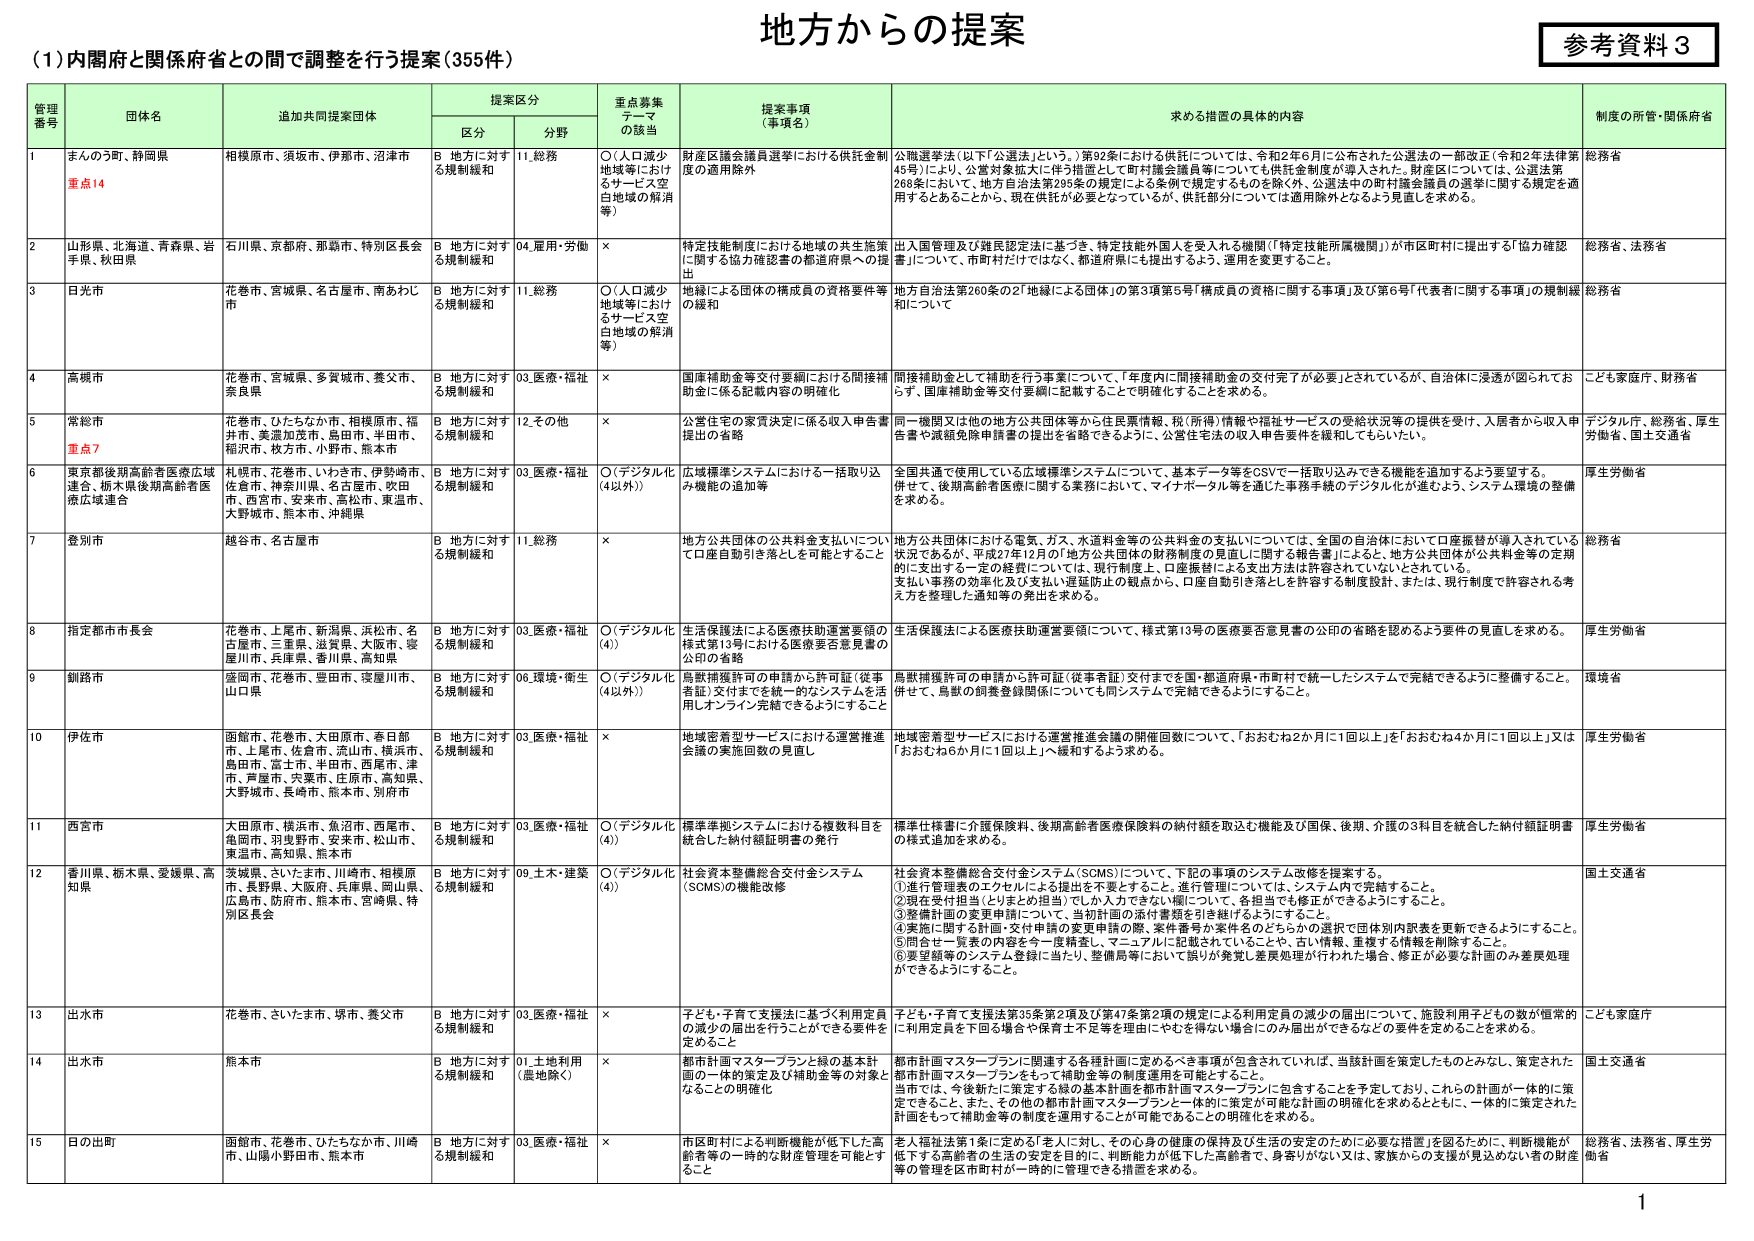
地方からの提案
参考資料３

（１）内閣府と関係府省との間で調整を行う提案（355件）

管理番号　団体名　追加共同提案団体　提案区分　重点募集テーマの該当　提案事項（事項名）　求める措置の具体的内容　制度の所管・関係府省
　　　　　　区分　分野

1　まんのう町、静岡県　相模原市、須坂市、伊那市、沼津市　B 地方に対する規制緩和　11.総務　〇（人口減少地域等におけるサービス空白地域の解消等）　財産区議会議員選挙における供託金制度の適用除外　公職選挙法（以下「公選法」という。）第92条における供託については、令和2年6月に公布された公選法の一部改正（令和2年法律第45号）により、公営対象拠大に伴う措置として町村議会議員等についても供託金制度が導入された。財産区については、公選法第268条において、地方自治法第295条の規定による条例で規定するものを除く外、公選法中の町村議会議員の選挙に関する規定を適用するとあることから、現在供託が必要となっているが、供託部分については適用除外となるよう見直しを求める。　総務省
　　重点14

2　山形県、北海道、青森県、岩手県、秋田県　石川県、京都府、那覇市、特別区長会　B 地方に対する規制緩和　04.雇用・労働　×　特定技能制度における地域の共生施策に関する協力確認書の都道府県への提出　出入国管理及び難民認定法に基づき、特定技能外国人を受入れる機関（「特定技能所属機関」）が市区町村に提出する「協力確認書」について、市町村だけではなく、都道府県にも提出するよう、適用を変更すること。　総務省、法務省

3　日光市　花巻市、宮城県、名古屋市、南あわじ市　B 地方に対する規制緩和　11.総務　〇（人口減少地域等におけるサービス空白地域の解消等）　地縁による団体の構成員の資格要件等の緩和　地方自治法第260条の2「地縁による団体」の第3項第5号「構成員の資格に関する事項」及び第6号「代表者に関する事項」の規制緩和について　総務省

4　高槻市　花巻市、宮城県、多賀城市、養父市、奈良県　B 地方に対する規制緩和　03.医療・福祉　×　国庫補助金等交付要綱における間接補助金に係る記載内容の明確化　間接補助金として補助を行う事業について、「年度内に間接補助金の交付完了が必要」とされているが、自治体に浸透が図られておらず、国庫補助金等交付要綱に記載することで明確化することを求める。　こども家庭庁、財務省

5　常総市　花巻市、ひたちなか市、相模原市、福井市、美濃加茂市、島田市、半田市、稲沢市、枚方市、小野市、熊本市　B 地方に対する規制緩和　12.その他　×　公営住宅の家賃決定に係る収入申告書提出の省略　同一機関又は他の地方公共団体等から住民票情報、税（所得）情報や福祉サービスの受給状況等の提供を受け、入居者から収入申告書や減額免除申請書の提出を省略できるように、公営住宅の収入申告要件を緩和してもらいたい。　デジタル庁、総務省、厚生労働省、国土交通省
　　重点7

6　東京都後期高齢者医療広域連合、栃木県後期高齢者医療広域連合　札幌市、花巻市、いわき市、伊勢崎市、佐倉市、神奈川県、名古屋市、吹田市、西宮市、安来市、高松市、東温市、大野城市、熊本市、沖縄県　B 地方に対する規制緩和　03.医療・福祉　〇（デジタル化（4以外））　広域標準システムにおける一括取り込み機能の追加等　全国共通で使用している広域標準システムについて、基本データ等をCSVで一括取り込みできる機能を追加するよう要望する。併せて、後期高齢者医療に関する業務において、マイナポータル等を通じた事務手続のデジタル化が進むよう、システム環境の整備を求める。　厚生労働省

7　登別市　越谷市、名古屋市　B 地方に対する規制緩和　11.総務　×　地方公共団体の公共料金支払いについて口座自動引き落としを可能とすること　地方公共団体における電気、ガス、水道料金等の公共料金の支払いについては、全国の自治体において口座振替が導入されている状況であるが、平成27年12月の「地方公共団体の財務制度の見直しに関する報告書」によると、地方公共団体が公共料金等の定期的に支出する一定の経費については、現行制度上、口座振替による支出方法は許容されていないとされている。支払い事務の効率化及び支払い遅延防止の観点から、口座自動引き落としを許容する制度設計、または、現行制度で許容される考え方を整理した通知等の発出を求める。　総務省

8　指定都市市長会　花巻市、上尾市、新潟県、浜松市、名古屋市、三重県、滋賀県、大阪市、寝屋川市、兵庫県、香川県、高知県　B 地方に対する規制緩和　03.医療・福祉　〇（デジタル化（4））　生活保護法による医療扶助運営要領の様式第13号における医療要否意見書の公印の省略　生活保護法による医療扶助運営要領について、様式第13号の医療要否意見書の公印の省略を認めるよう要件の見直しを求める。　厚生労働省

9　釧路市　盛岡市、花巻市、豊田市、寝屋川市、山口県　B 地方に対する規制緩和　06.環境・衛生　〇（デジタル化（4以外））　鳥獣捕獲許可の申請から許可証（従事者証）交付までを統一的なシステムを活用しオンライン完結できるようにすること　鳥獣捕獲許可の申請から許可証（従事者証）交付までを国・都道府県・市町村で統一したシステムで完結できるように整備すること。併せて、鳥獣の調査登録関係についても同システムで完結できるようにすること。　環境省

10　伊佐市　函館市、花巻市、大田原市、春日部市、上尾市、佐倉市、流山市、横浜市、島田市、富士市、半田市、西尾市、津市、芦屋市、呉市、庄原市、高知県、大野城市、長崎市、熊本市、別府市　B 地方に対する規制緩和　03.医療・福祉　×　地域密着型サービスにおける運営推進会議の実施回数の見直し　地域密着型サービスにおける運営推進会議の開催回数について、「おおむね2か月に1回以上」を「おおむね4か月に1回以上」又は「おおむね6か月に1回以上」へ緩和するよう求める。　厚生労働省

11　西宮市　大田原市、横浜市、魚沼市、西尾市、魚岡市、羽曳野市、安来市、松山市、東温市、高知県、熊本市　B 地方に対する規制緩和　03.医療・福祉　〇（デジタル化（4））　標準準拠システムにおける複数科目を統合した納付額証明書の発行　標準仕様書に介護保険料、後期高齢者医療保険料の納付額を取込む機能及び国保、後期、介護の3科目を統合した納付額証明書の様式追加を求める。　厚生労働省

12　香川県、栃木県、愛媛県、高知県　茨城県、さいたま市、川崎市、相模原市、長野県、大阪府、兵庫県、岡山県、広島市、防府市、熊本市、宮崎県、特別区長会　B 地方に対する規制緩和　09.土木・建築　〇（デジタル化（4））　社会資本整備総合交付金システム（SCMS）の機能改修　社会資本整備総合交付金システム（SCMS）について、下記の事項のシステム改修を提案する。
①進行管理表のエクセルによる提出を不要とすること。進行管理については、システム内で完結すること。
②現在受付担当（とりまとめ担当）でしか入力できない欄について、各担当でも修正ができるようにすること。
③整備計画の変更申請について、当初計画の添付書類を引き継げるようにすること。
④実施に関する計画・交付申請の変更申請の際、案件番号が案件名のどちらかの選択で団体別内訳表を更新できるようにすること。
⑤同合一一覧表の内容を今一度精査し、マニュアルに記載されていることや、古い情報、重複する情報を削除すること。
⑥要望額等のシステム登録に当たり、整備局等において誤りが発覚し差戻処理が行われた場合、修正が必要な計画のみ差戻処理ができるようにすること。　国土交通省

13　出水市　花巻市、さいたま市、堺市、養父市　B 地方に対する規制緩和　03.医療・福祉　×　子ども・子育て支援法に基づく利用定員の減少の届出を行うことができる要件を定めること　子ども・子育て支援法第35条第2項及び第47条第2項の規定による利用定員の減少の届出について、施設利用子どもの数が恒常的に利用定員を下回る場合や保育士不足等を理由にやむを得ない場合にのみ届出ができるなどの要件を定めることを求める。　こども家庭庁

14　出水市　熊本市　B 地方に対する規制緩和　01.土地利用（農地除く）　×　都市計画マスタープランと緑の基本計画の一体的策定及び補助金等の対象となることの明確化　都市計画マスタープランに関連する各種計画に定めるべき事項が包含されていれば、当該計画を策定したものとみなし、策定された都市計画マスタープランをもって補助金等の制度適用を可能とすること。
当市では、今後新たに策定する緑の基本計画を都市計画マスタープランに包含することを予定しており、これらの計画が一体的に策定できること。また、その他の都市計画マスタープランと一体的に策定が可能な計画の明確化を求めるとともに、一体的に策定された計画をもって補助金等の制度を適用することが可能であるとの明確化を求める。　国土交通省

15　日の出町　函館市、花巻市、ひたちなか市、川崎市、山陽小野田市、熊本市　B 地方に対する規制緩和　03.医療・福祉　×　市区町村による判断機能が低下した高齢者等の一時的な財産管理を可能とすること　老人福祉法第1条に定める「老人に対し、その心身の健康の保持及び生活の安定のために必要な措置」を図るために、判断機能が低下する高齢者の生活の安定を目的に、判断能力が低下した高齢者で、身寄りがない又は、家族からの支援が見込めない者の財産等の管理を区市町村が一時的に管理できる措置を求める。　総務省、法務省、厚生労働省

1